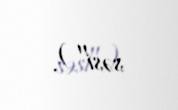
səsi").